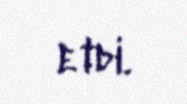
etdi.